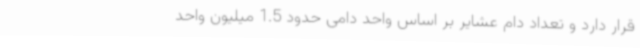
قرار دارد و تعداد دام عشایر بر اساس واحد دامی حدود 1.5 میلیون واحد